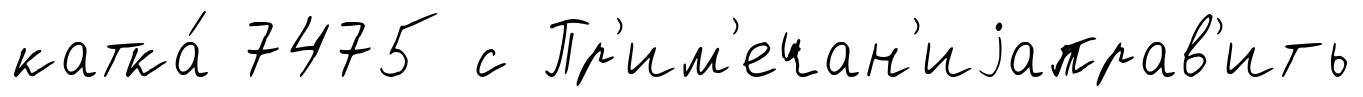
катка́ 7475 с Пр'им'ечан'иjаправ'ить